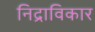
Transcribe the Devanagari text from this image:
निद्राविकार